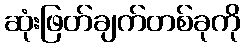
ဆုံးဖြတ်ချက်တစ်ခုကို